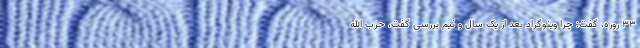
۳۳ روزه، گفت: چرا وینوگراد بعد از یک سال و نیم بررسی گفت، حزب الله